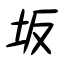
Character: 坂